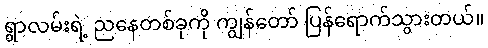
ရွာလမ်းရဲ့ ညနေတစ်ခုကို ကျွန်တော် ပြန်ရောက်သွားတယ်။